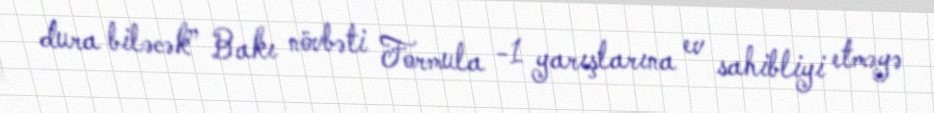
dura biləcək” Bakı növbəti Formula -1 yarışlarına ev sahibliyi etməyə